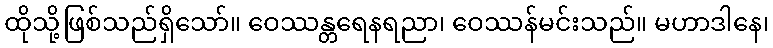
ထိုသို့ဖြစ်သည်ရှိသော်။ ဝေဿန္တရေနရညာ၊ ဝေဿန်မင်းသည်။ မဟာဒါနေ၊